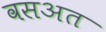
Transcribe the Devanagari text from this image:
वसअत